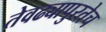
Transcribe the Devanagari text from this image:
तेवढ्यापुरतेच